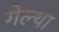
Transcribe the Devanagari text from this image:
गेल्था